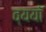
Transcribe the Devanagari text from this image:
व्ययॉ